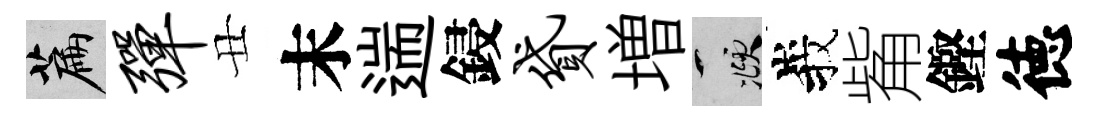
篇弹丑末遄鋟贷増頫峩觜鏗徳